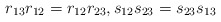
\begin{align*} r_{13}r_{12} = r_{12}r_{23}, s_{12}s_{23} = s_{23}s_{13} \end{align*}